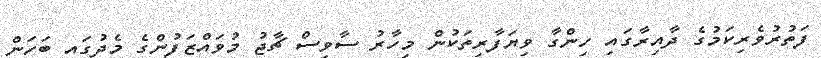
ފަތުރުވެރިކަމުގެ ދާއިރާގައި ހިންގާ ވިޔަފާރިތަކުން މިހާރު ސާވިސް ޗާޖު މުވައްޒަފުންގެ މެދުގައި ބަހަން